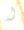
له